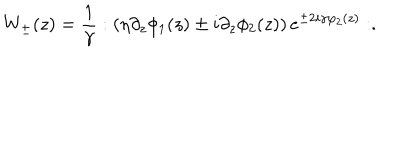
W _ { \pm } ( z ) = \frac { 1 } { \gamma } : \left( \eta \partial _ { z } \phi _ { 1 } ( z ) \pm i \partial _ { z } \phi _ { 2 } ( z ) \right) e ^ { \pm 2 i \gamma \varphi _ { 2 } ( z ) } : .